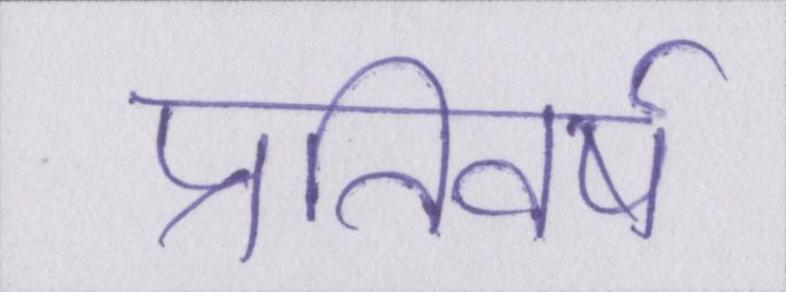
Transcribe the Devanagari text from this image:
प्रतिवर्ष